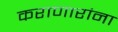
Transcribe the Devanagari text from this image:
कराणारांना